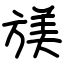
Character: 𫞁